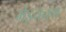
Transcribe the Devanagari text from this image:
मेइयनग